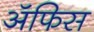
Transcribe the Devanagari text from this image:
ॲफिस